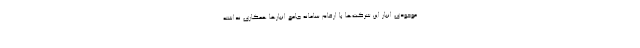
موجودی انبار این شرکت‌ها با ارقام سامانه جامع انبارها همکاری نداشته